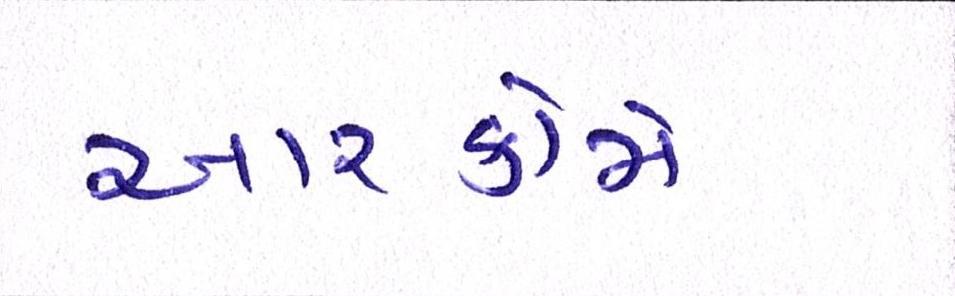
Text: આરકોમે